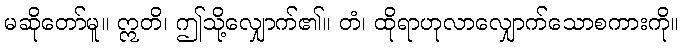
မဆိုတော်မူ။ ဣတိ၊ ဤသို့လျှောက်၏။ တံ၊ ထိုရာဟုလာလျှောက်သောစကားကို။